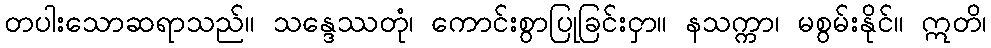
တပါးသောဆရာသည်။ သန္ဒေဿတုံ၊ ကောင်းစွာပြုခြင်းငှာ။ နသက္ကာ၊ မစွမ်းနိုင်။ ဣတိ၊